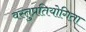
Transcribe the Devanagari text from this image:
वस्तुप्रतियोगिता